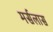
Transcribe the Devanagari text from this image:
मर्सलास